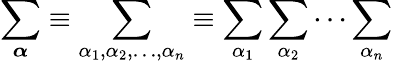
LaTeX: \sum_{\boldsymbol{\alpha}}\equiv\sum_{\alpha_{1},\alpha_{2},\ldots,\alpha_{n}}\equiv\sum_{\alpha_{1}}\sum_{\alpha_{2}}\cdots\sum_{\alpha_{n}}